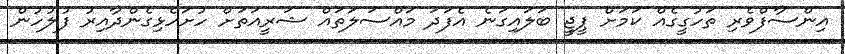
އިންސާފްވެރި ތަހުގީގެއް ކަމަށް ޕީޖީ ބަލައިގަނެ އެފަދަ މައްސަލަތައް ޝަރީއަތަށް ހުށަހެޅިގެންދާއިރު ފުލުހުން